Vaccination in Bombay 1869-1873 - 1869-1873
Year: 1869
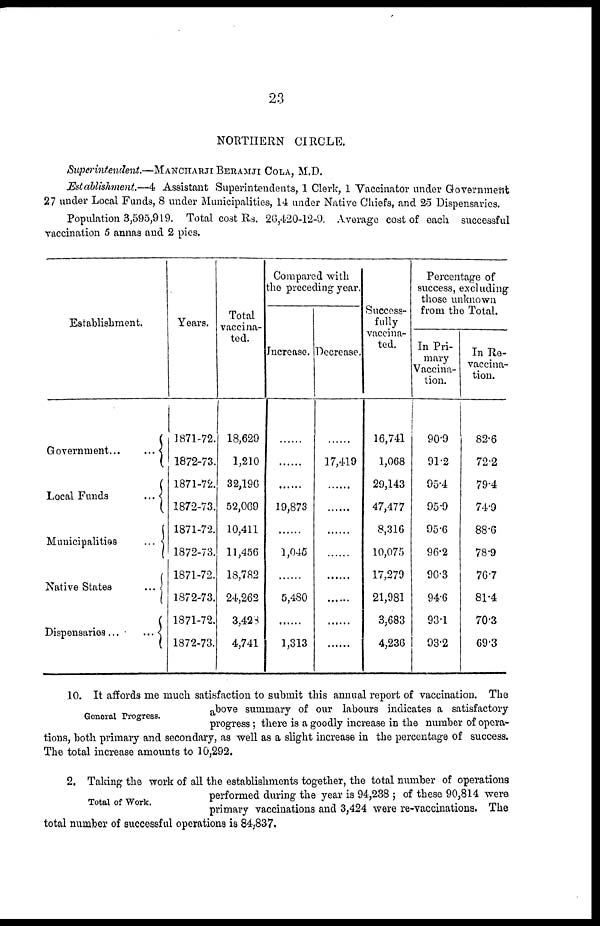
23
NORTHERN CIRCLE.
Superintendent.—MANCHARJI BERAMJI COLA, M.D.
Establishment.—4 Assistant Superintendents, 1 Clerk, 1 Vaccinator under Government
27 under Local Funds, 8 under Municipalities, 14 under Native Chiefs, and 25 Dispensaries.
Population 3,595,919. Total cost Rs. 26,420-12-9. Average cost of each successful
vaccination 5 annas and 2 pies.
Establishment.
Government...
...
Local Funds
...
Municipalities
...
Native States
...
Dispensaries ...
...
Years.
1871-72.
1872-73.
1871-72.
1872-73.
1871-72.
1872-73.
1871-72.
1872-73.
1871-72.
1872-73.
Total
vaccina-
ted.
18,629
1,210
32,196
52,069
10,411
11,456
18,782
24,262
3,428
4,741
Compared with
the preceding year.
Increase.
......
......
......
19,873
......
1,045
......
5,480
......
1,313
Decrease.
......
17,419
......
......
......
......
......
......
......
......
Success-
fully
vaccina-
ted.
16,741
1,068
29,143
47,477
8,316
10,075
17,279
21,981
3,683
4,236
Percentage of
success, excluding
those unknown
from the Total.
In Pri-
mary
Vaccina-
tion.
90.9
91.2
95.4
95.9
95.6
96.2
96.3
94.6
93.1
93.2
In Re¬
vaccina-
tion.
82.6
72.2
79.4
74.9
88.6
78.9
76.7
81.4
70.3
69.3
General Progress.
10. It affords me much satisfaction to submit this annual report of vaccination. The
above summary of our labours indicates a satisfactory
progress ; there is a goodly increase in the number of opera-
tions, both primary and secondary, as well as a slight increase in the percentage of success.
The total increase amounts to 10,292.
Total of Work.
2. Taking the work of all the establishments together, the total number of operations
performed during the year is 94,238 ; of these 90,814 were
primary vaccinations and 3,424 were re-vaccinations. The
total number of successful operations is 84,837.